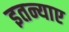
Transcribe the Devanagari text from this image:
इतन्याए